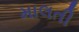
માલતી